Kominterni_Eesti_sektsioon_Moskvas, lk 45
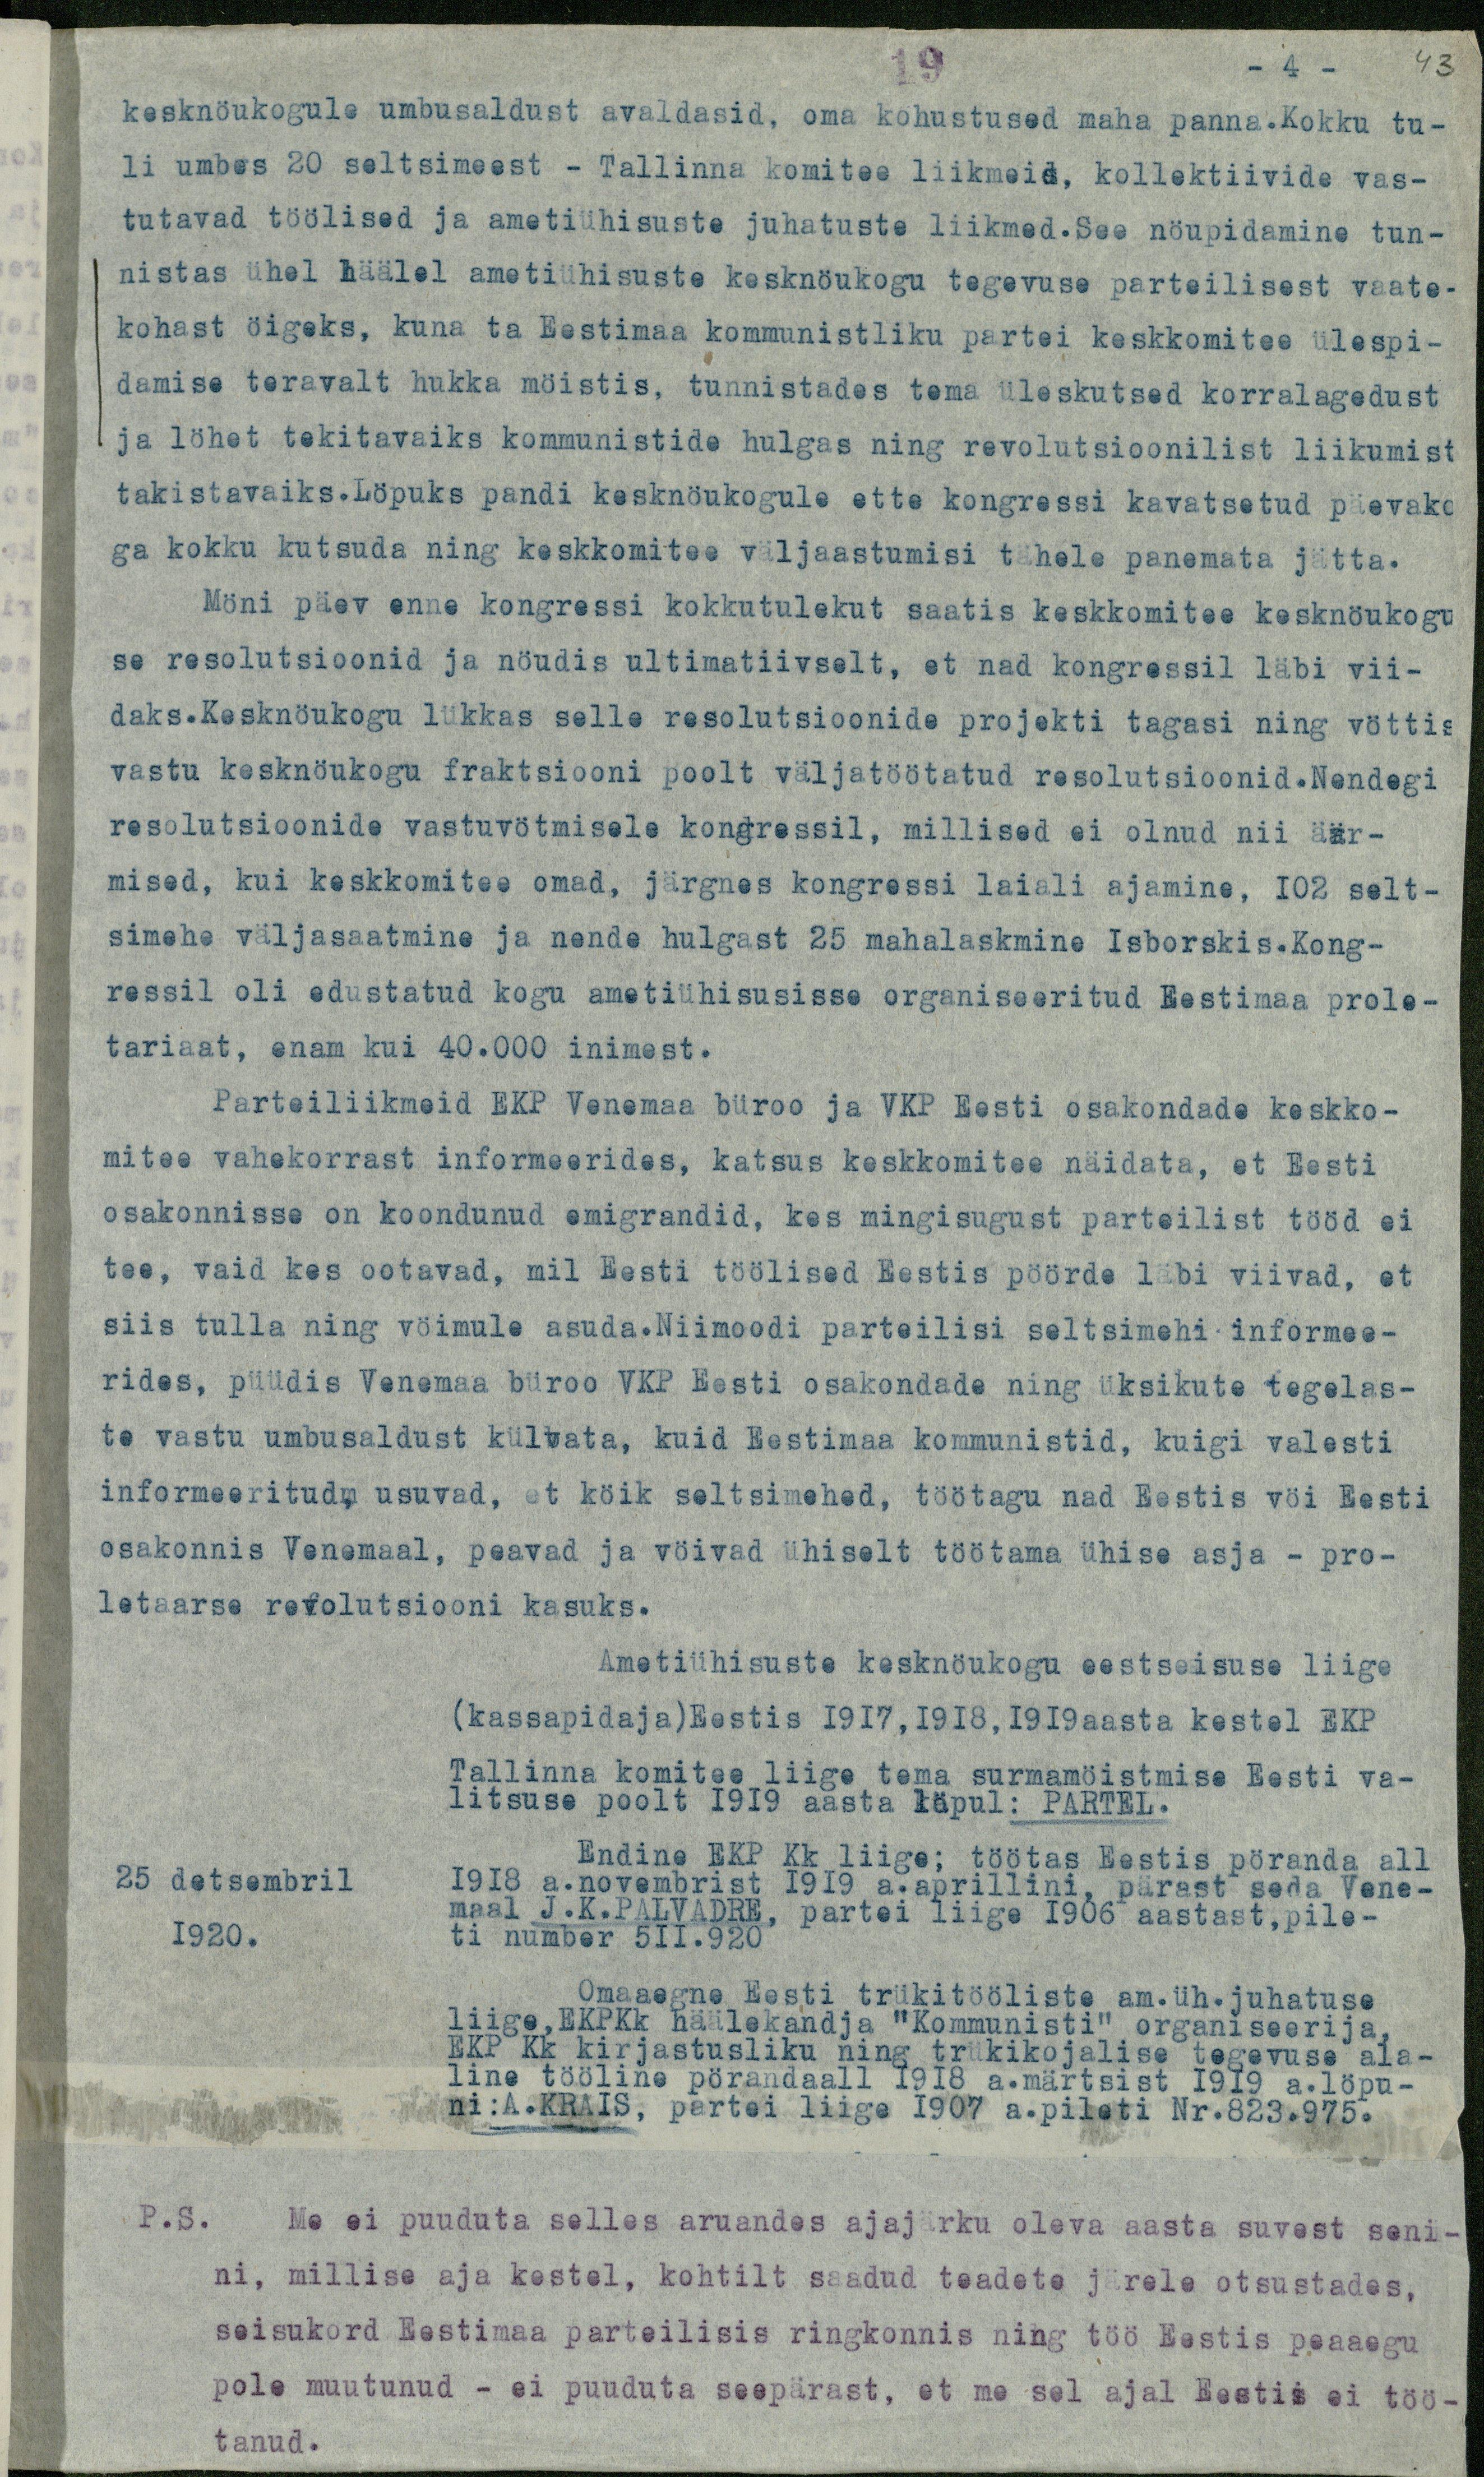
19
- 4
43
kesknöukogule umbusaldust avaldasid, oma kohustused maha panna.Kokku tu-
li umbes 20 seltsimeest - Tallinna komitee liikmeid, kollektiivide vas-
tutavad töölised ja ametiühisuste juhatuste liikmed. See nöupidamine tun-
nistas ühel häälel ametiühisuste kesknöukogu tegevuse parteilisest vaate-
kohast öigeks, kuna ta Eestimaa kommunistliku partei keskkomitee ülespi-
damise teravalt hukka möistis, tunnistades tema üleskutsed korralagedust
ja löhet tekitavaiks kommunistide hulgas ning revolutsioonilist liikumist
takistavaiks.Löpuks pandi kesknöukogule ette kongressi kavatsetud päevako
ga kokku kutsuda ning keskkomitee väljaastumisi tähele panemata jätta.
Möni päev enne kongressi kokkutulekut saatis keskkomitee kesknöukogu
se resolutsioonid ja nöudis ultimatiivselt, et nad kongressil läbi vii-
daks.Kesknöukogu lükkas selle resolutsioonide projekti tagasi ning vöttis
vastu kesknöukogu fraktsiooni poolt väljatöötatud resolutsioonid.Nendegi
resolutsioonide vastuvötmisele kongressil, millised ei olnud nii äär-
mised, kui keskkomitee omad, järgnes kongressi laiali ajamine, 102 selt-
simehe väljasaatmine ja nende hulgast 25 mahalaskmine Isborskis.Kong-
ressil oli edustatud kogu ametiühisusisse organiseeritud Eestimaa prole-
tariaat, enam kui 40.000 inimest.
Parteiliikmeid EKP Venemaa büroo ja VKP Eesti osakondade keskko-
mitee vahekorrast informeerides, katsus keskkomitee näidata, et Eesti
osakonnisse on koondunud emigrandid, kes mingisugust parteilist tööd ei
tee, vaid kes ootavad, mil Eesti töölised Eestis pöörde läbi viivad, et
siis tulla ning vöimule asuda. Niimoodi parteilisi seltsimehi informee-
rides, püüdis Venemaa büroo VKP Eesti osakondade ning üksikute tegelas-
te vastu umbusaldust külvata, kuid Eestimaa kommunistid, kuigi valesti
informeeritud, usuvad, et köik seltsimehed, töötagu nad Eestis vöi Eesti
osakonnis Venemaal, peavad ja vöivad ühiselt töötama ühise asja - pro-
letaarse revolutsiooni kasuks.
Ametiühisuste kesknöukogu eestseisuse liige
(kassapidaja)Eestis 1917,1918,1919 aasta kestel EKP
Tallinna komitee liige tema surmamöistmise Eesti va-
litsuse poolt 1919 aasta löpul: PARTEL.
Endine EKP Kk liige: töötas Eestis pöranda all
1918 a.novembrist 1919 a.aprillini, pärast seda Vene-
maal J.K.PALVADRE, partei liige 1906 aastast, pile-
ti number 511.920
Omaaegne Eesti trükitööliste am.üh.juhatuse
liige, EKPKk häälekandja "Kommunisti" organiseerija,
EKP Kk kirjastusliku ning trükikojalise tegevuse ala-
line tööline pörandaall 1918 a.märtsist 1919 a.löpu-
ni:A.KRAIS, partei liige 1907 a.pileti Nr.823.975.
P.S. Me ei puuduta selles aruandes ajajärku oleva aasta suvest seni-
ni, millise aja kestel, kohtilt saadud teadete järele otsustades,
seisukord Eestimaa parteilisis ringkonnis ning töö Eestis peaaegu
pole muutunud - ei puuduta seepärast, et me sel ajal Eestis ei töö-
tanud.
25 detsembril
1920.